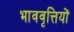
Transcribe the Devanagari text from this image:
भाववृत्तियों